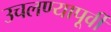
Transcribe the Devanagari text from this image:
उचलण्यापूर्वी